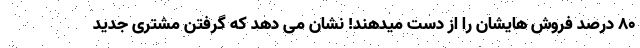
۸۰ درصد فروش هایشان را از دست میدهند! نشان می دهد که گرفتن مشتری جدید